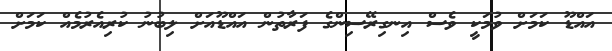
އައްޑޫ ކަމަށް ވުމަކީ ވެސް އިނގިރޭސިންގެ ފަރާތުން އައްޑޫއަށް ލިބުނު ކުރިއެރުމެއް ކަމަށް